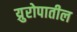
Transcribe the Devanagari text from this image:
य्रुरोपातील